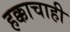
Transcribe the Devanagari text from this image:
हक्काचाही